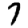
Digit: 7